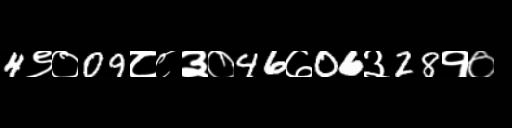
Text: 4९०09८८३०46७06३28१०